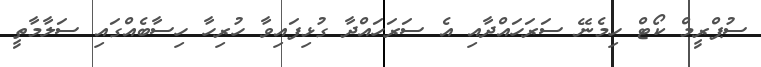
ސުޕްރީމް ކޯޓް ހިމެނޭ ސަރަހައްދާއި އެ ސަރަހައްދާ ގުޅިފައިވާ ހުރިހާ ހިސާބެއްގައި ސަލާމާތީ